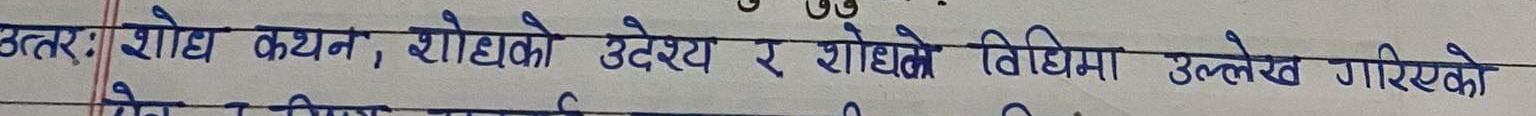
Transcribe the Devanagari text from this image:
उत्तर: शोध कथन, शोधको उद्देश्य र शोधने विधिमा उल्लेख गरिएको